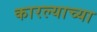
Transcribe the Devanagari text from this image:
कारल्याच्या